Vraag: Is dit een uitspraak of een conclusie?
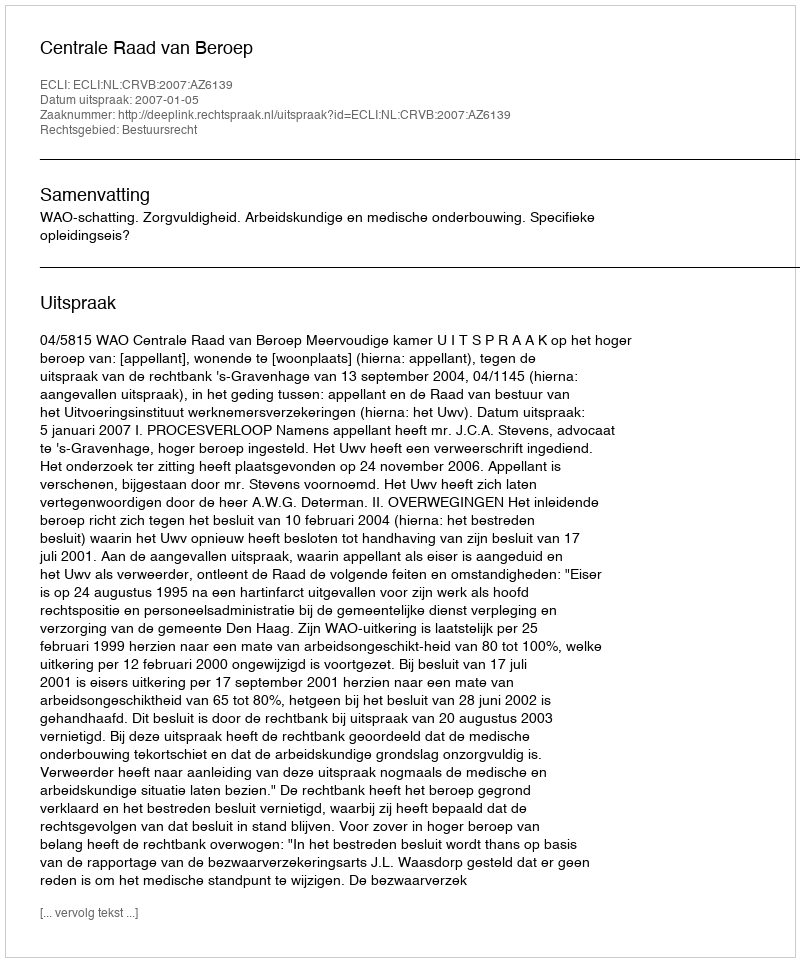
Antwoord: Uitspraak